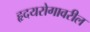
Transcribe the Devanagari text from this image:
हृदयरोगावरील